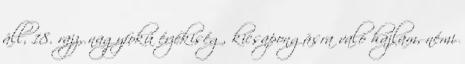
áll, 18. rajz, nagyfokú érzékiség, kicsapongásra való hajlam, némi